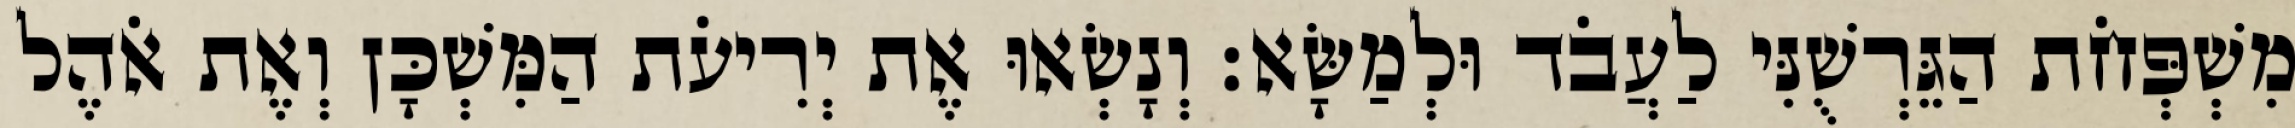
מִשְׁפְּחֹת הַגֵּרְשֻׁנִּי לַעֲבֹד וּלְמַשָּׂא׃ וְנָשְׂאוּ אֶת יְרִיעֹת הַמִּשְׁכָּן וְאֶת אֹהֶל